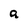
Character: a